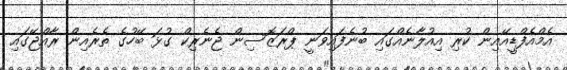
އެމްއެފްޑީއޭއިން ކުރި އިއުލާނެއްގައި ބުނެފައިވަނީ ޕްރަޒޮސިން ޖެނެރިކް ގުޅަ ބޭހުގެ ތެރެއިން ރާއްޖޭގައި